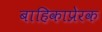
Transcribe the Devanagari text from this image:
बाहिकाप्रेरक